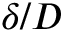
\delta / D